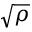
\sqrt { \rho }